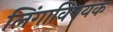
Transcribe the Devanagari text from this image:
लिंगाविषयक